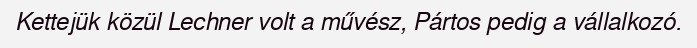
Kettejük közül Lechner volt a művész, Pártos pedig a vállalkozó.